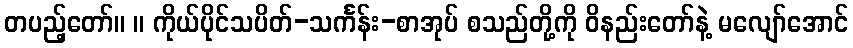
တပည့်တော်။ ။ ကိုယ်ပိုင်သပိတ်-သင်္ကန်း-စာအုပ် စသည်တို့ကို ဝိနည်းတော်နဲ့ မလျော်အောင်